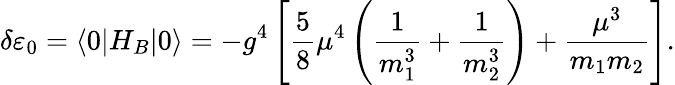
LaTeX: \delta\varepsilon_{0}=\langle 0|H_{B}|0\rangle=-g^{4}\left[{\frac{5}{8}}\mu^{4}\left(\frac{1}{m_{1}^{3}}+\frac{1}{m_{2}^{3}}\right)+\frac{\mu^{3}}{m_{1}m_{2}}\right].